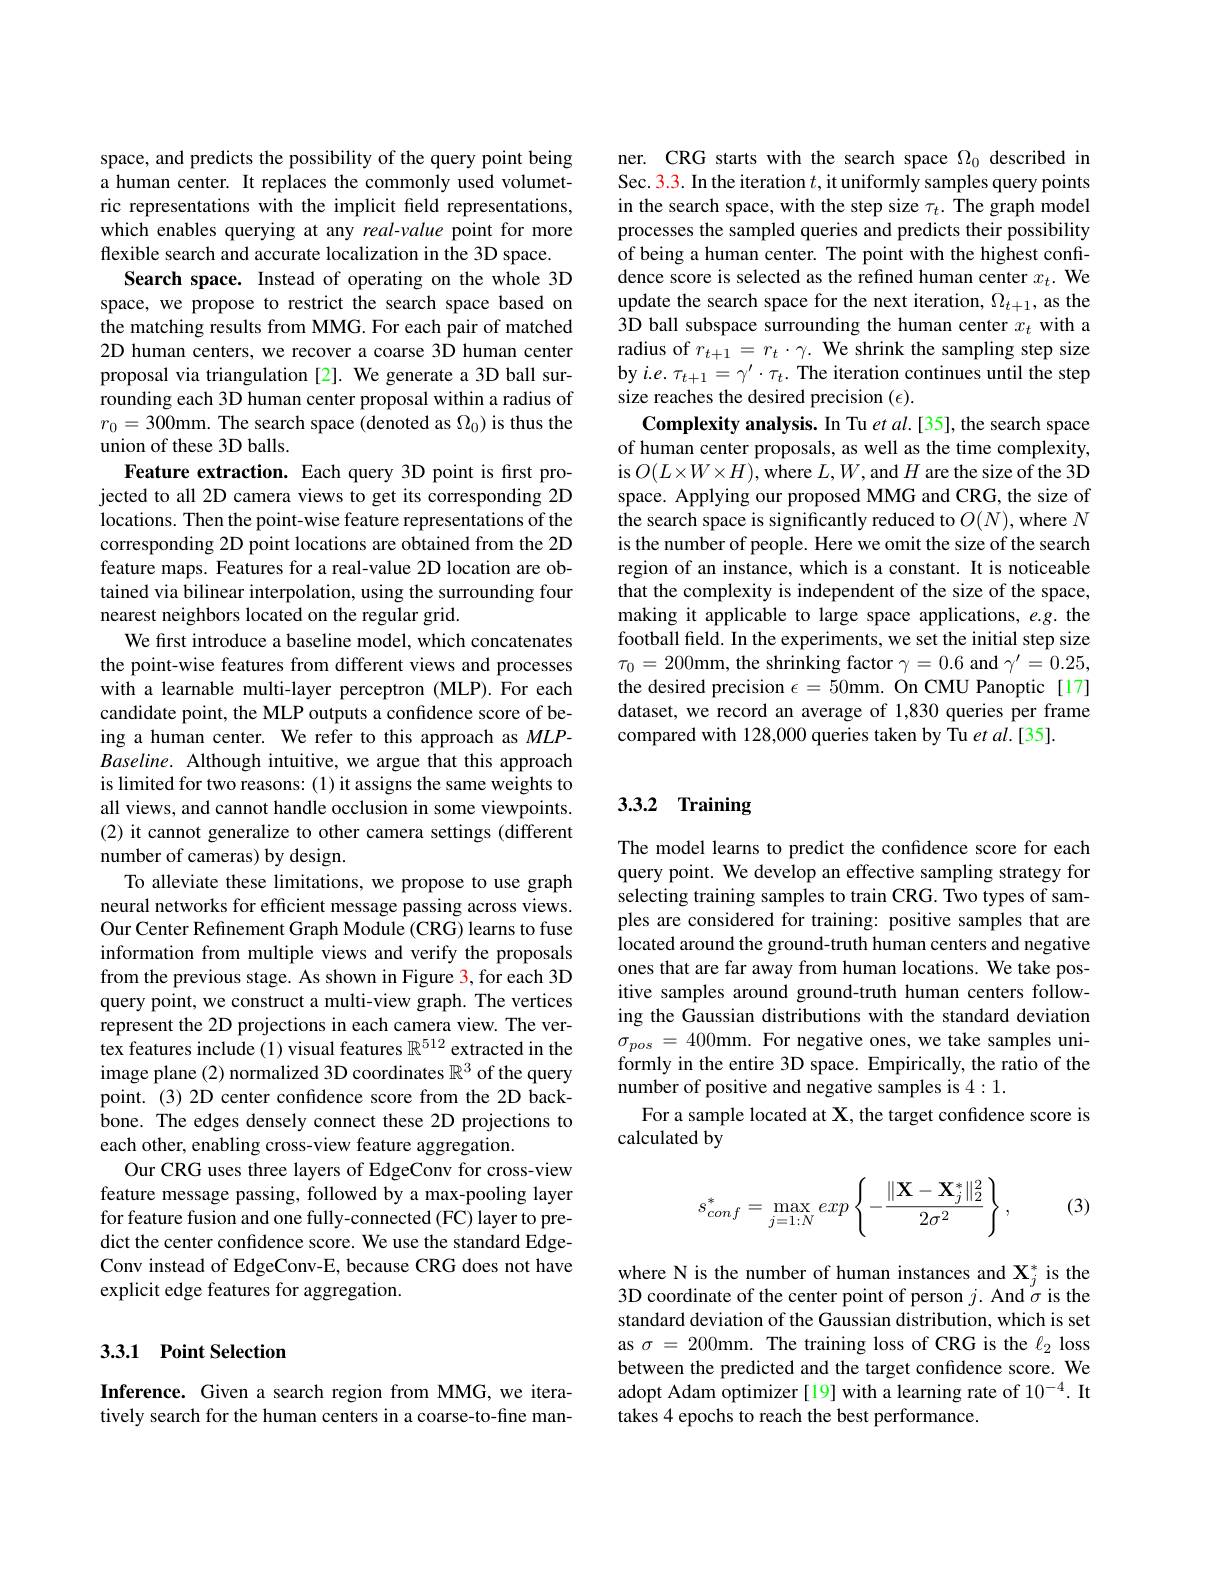
space, and predicts the possibility of the query point being a human center. It replaces the commonly used volumetric representations with the implicit field representations, which enables querying at any real-value point for more flexible search and accurate localization in the 3D space.
Search space. Instead of operating on the whole 3D space, we propose to restrict the search space based on the matching results from MMG. For each pair of matched 2D human centers, we recover a coarse 3D human center proposal via triangulation [2]. We generate a 3D ball surrounding each 3D human center proposal within a radius of $r_0=300$mm. The search space (denoted as $\Omega_0)$ is thus the union of these 3D balls.
Feature extraction. Each query 3D point is frst projected to all 2D camera views to get its corresponding 2D locations. Then the point-wise feature representations of the corresponding 2D point locations are obtained from the 2D feature maps. Features for a real-value 2D location are obtained via bilinear interpolation, using the surrounding four nearest neighbors located on the regular grid.
We first introduce a baseline model, which concatenates the point-wise features from different views and processes with a learnable multi-layer perceptron (MLP).For each candidate point, the MLP outputs a confidence score of being a human center. We refer to this approach as MLP- $Baseline.$ Although intuitive, we argue that this approach is limited for two reasons: (1) it assigns the same weights to all views, and cannot handle occlusion in some viewpoints. (2) it cannot generalize to other camera settings (different number of cameras) by design.
To alleviate these limitations, we propose to use graph neural networks for efficient message passing across views. Our Center Refinement Graph Module (CRG) learns to fuse information from multiple views and verify the proposals from the previous stage. As shown in Figure 3, for each 3D query point, we construct a multi-view graph. The vertices represent the 2D projections in each camera view. The vertex features include(1) visual features $\mathbb{R}^512$ extracted in the image plane (2) normalized 3D coordinates $\mathbb{R}^3$ of the query point. (3) 2D center confdence score from the 2D backbone. The edges densely connect these 2D projections to each other, enabling cross-view feature aggregation.
Our CRG uses three layers of EdgeConv for cross-view feature message passing, followed by a max-pooling layer for feature fusion and one fully-connected (FC) layer to predict the center confidence score. We use the standard EdgeConv instead of EdgeConv-E, because CRG does not have explicit edge features for aggregation.

## 3.3.1 Point Selection

Inference. Given a search region from MMG,we iteratively search for the human centers in a coarse-to-fine man-

ner. CRG starts with the search space $\Omega_0$ described in Sec. 3.3. In the iteration $t$, it uniformly samples query points in the search space, with the step size $\tau_t.$ The graph model processes the sampled queries and predicts their possibility of being a human center. The point with the highest confidence score is selected as the refined human center $x_t.$ We update the search space for the next iteration, $\Omega_t+1$, as the 3D ball subspace surrounding the human center $x_t$ with a radius of $r_t+1=r_t\cdot\gamma.$ We shrink the sampling step size by $i.e.\tau_{t+1}=\gamma^{\prime}\cdot\tau_{t}.$ The iteration continues until the step size reaches the desired precision $(\epsilon).$
Complexity analysis. In Tu $etal.[35]$, the search space of human center proposals, as well as the time complexity, is $O(L\times W\times H)$, where $L,W$, and $H$ are the size of the 3D space. Applying our proposed MMG and CRG, the size of the search space is significantly reduced to $O(N)$, where $N$ is the number of people. Here we omit the size of the search region of an instance, which is a constant. It is noticeable that the complexity is independent of the size of the space, making it applicable to large space applications, e.g. the football field. In the experiments, we set the initial step size $\tau_{0}=200$mm, the shrinking factor $\gamma=0.6$ and $\gamma^\prime=0.25$, the desired precision $\epsilon=50$mm. On CMU Panoptic[17] dataset, we record an average of 1,830 queries per frame compared with 128,000 queries taken by Tu et al.[35]

# 3.3.2 Training

The model learns to predict the confidence score for each query point. We develop an effective sampling strategy for selecting training samples to train CRG. Two types of samples are considered for training: positive samples that are located around the ground-truth human centers and negative ones that are far away from human locations. We take positive samples around ground-truth human centers following the Gaussian distributions with the standard deviation $\sigma_{pos}=400$mm. For negative ones, we take samples uniformly in the entire 3D space. Empirically, the ratio of the number of positive and negative samples is 4:1.
For a sample located at $\mathbf{X}$, the target confidence score is
calculated by
$$s_{conf}^*=\max_{j=1:N}exp\left\{-\frac{\|\mathbf{X}-\mathbf{X}_j^*\|_2^2}{2\sigma^2}\right\},$$
(3)

where N is the number of human instances and $\mathbf{X}_j^*$ is the 3D coordinate of the center point of person $j.$ And $\sigma$ is the standard deviation of the Gaussian distribution, which is set as $\sigma=200$mm. The training loss of CRG is the $\ell_2$ loss between the predicted and the target confidence score. We adopt Adam optimizer [19] with a learning rate of $10^{-4}.$ It takes 4 epochs to reach the best performance.